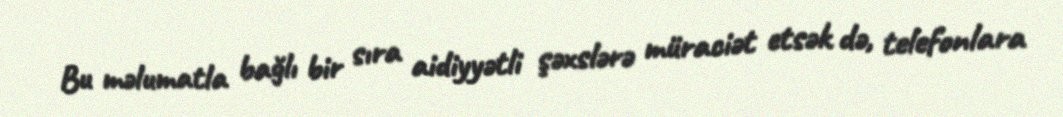
Bu məlumatla bağlı bir sıra aidiyyətli şəxslərə müraciət etsək də, telefonlara